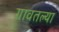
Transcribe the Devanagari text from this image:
गावतल्या